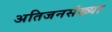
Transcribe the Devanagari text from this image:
अतिजनसंख्या